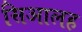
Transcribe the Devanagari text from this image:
सिआलह